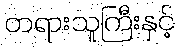
တရားသူကြီးနှင့်